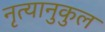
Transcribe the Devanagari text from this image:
नृत्यानुकुल